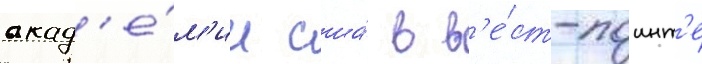
акад'е́м'ии сша́ в в'е́ст-поинт'е